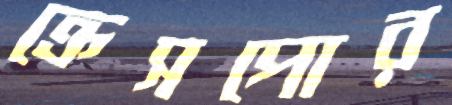
ক্রেসপোর